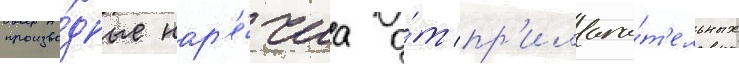
произво́дные нар'е́чиа о́т пр'илага́т'ельных